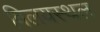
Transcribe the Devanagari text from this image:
विलयस्थल